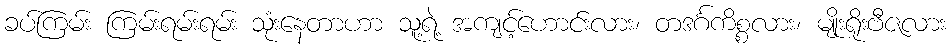
ခပ်ကြမ်း ကြမ်းရမ်းရမ်း သုံးနေတာဟာ သူ့ရဲ့ အကျင့်ဟောင်းလား၊ တဒင်္ဂကိစ္စလား၊ မျိုးရိုးဗီဇလား